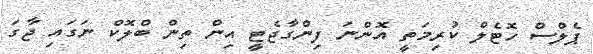
ޕެލްސް ހޮޓެލް ކުރިމަތީ އޮންނަ ފިންގާޖެޓީ އިން ތިން ބްލޮކް ނަގައި ޖާގަ